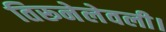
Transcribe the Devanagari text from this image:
तिरूनेलेवली।